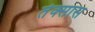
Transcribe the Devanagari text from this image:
तेक्सास